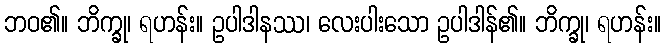
ဘဝ၏။ ဘိက္ခု၊ ရဟန်း။ ဥပါဒါနဿ၊ လေးပါးသော ဥပါဒါန်၏။ ဘိက္ခု၊ ရဟန်း။